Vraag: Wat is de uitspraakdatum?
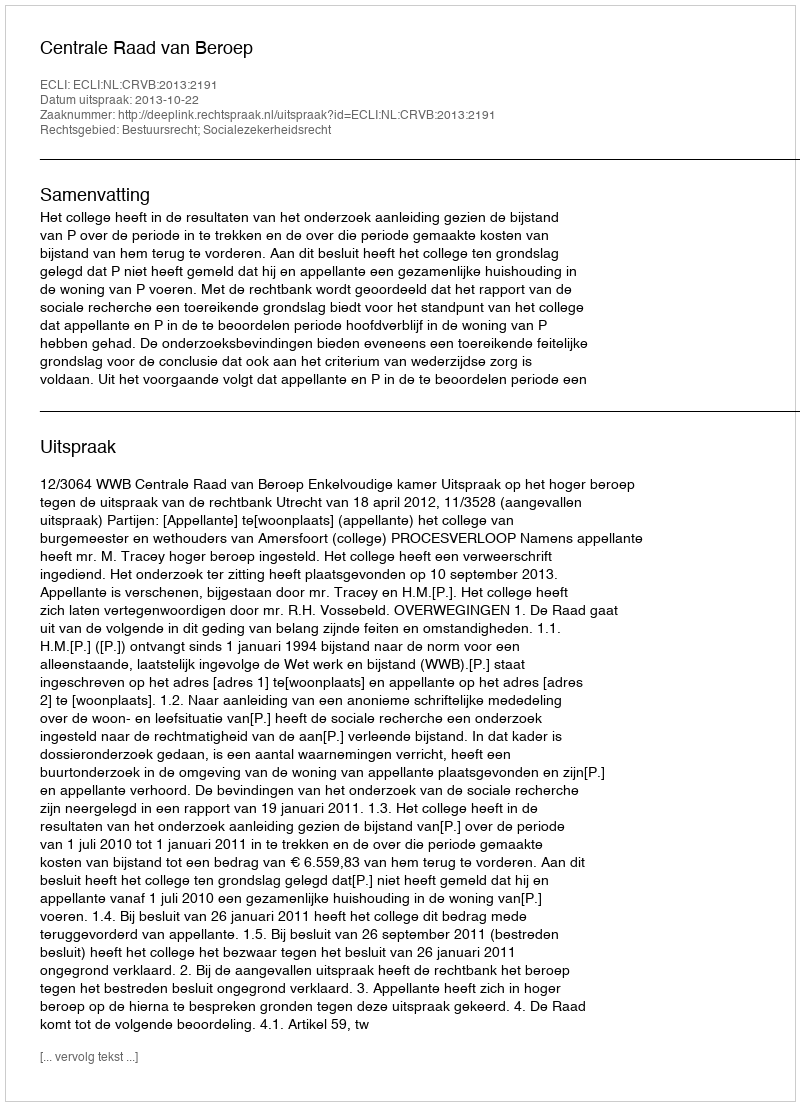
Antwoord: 2013-10-22